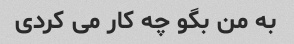
به من بگو چه کار می کردی